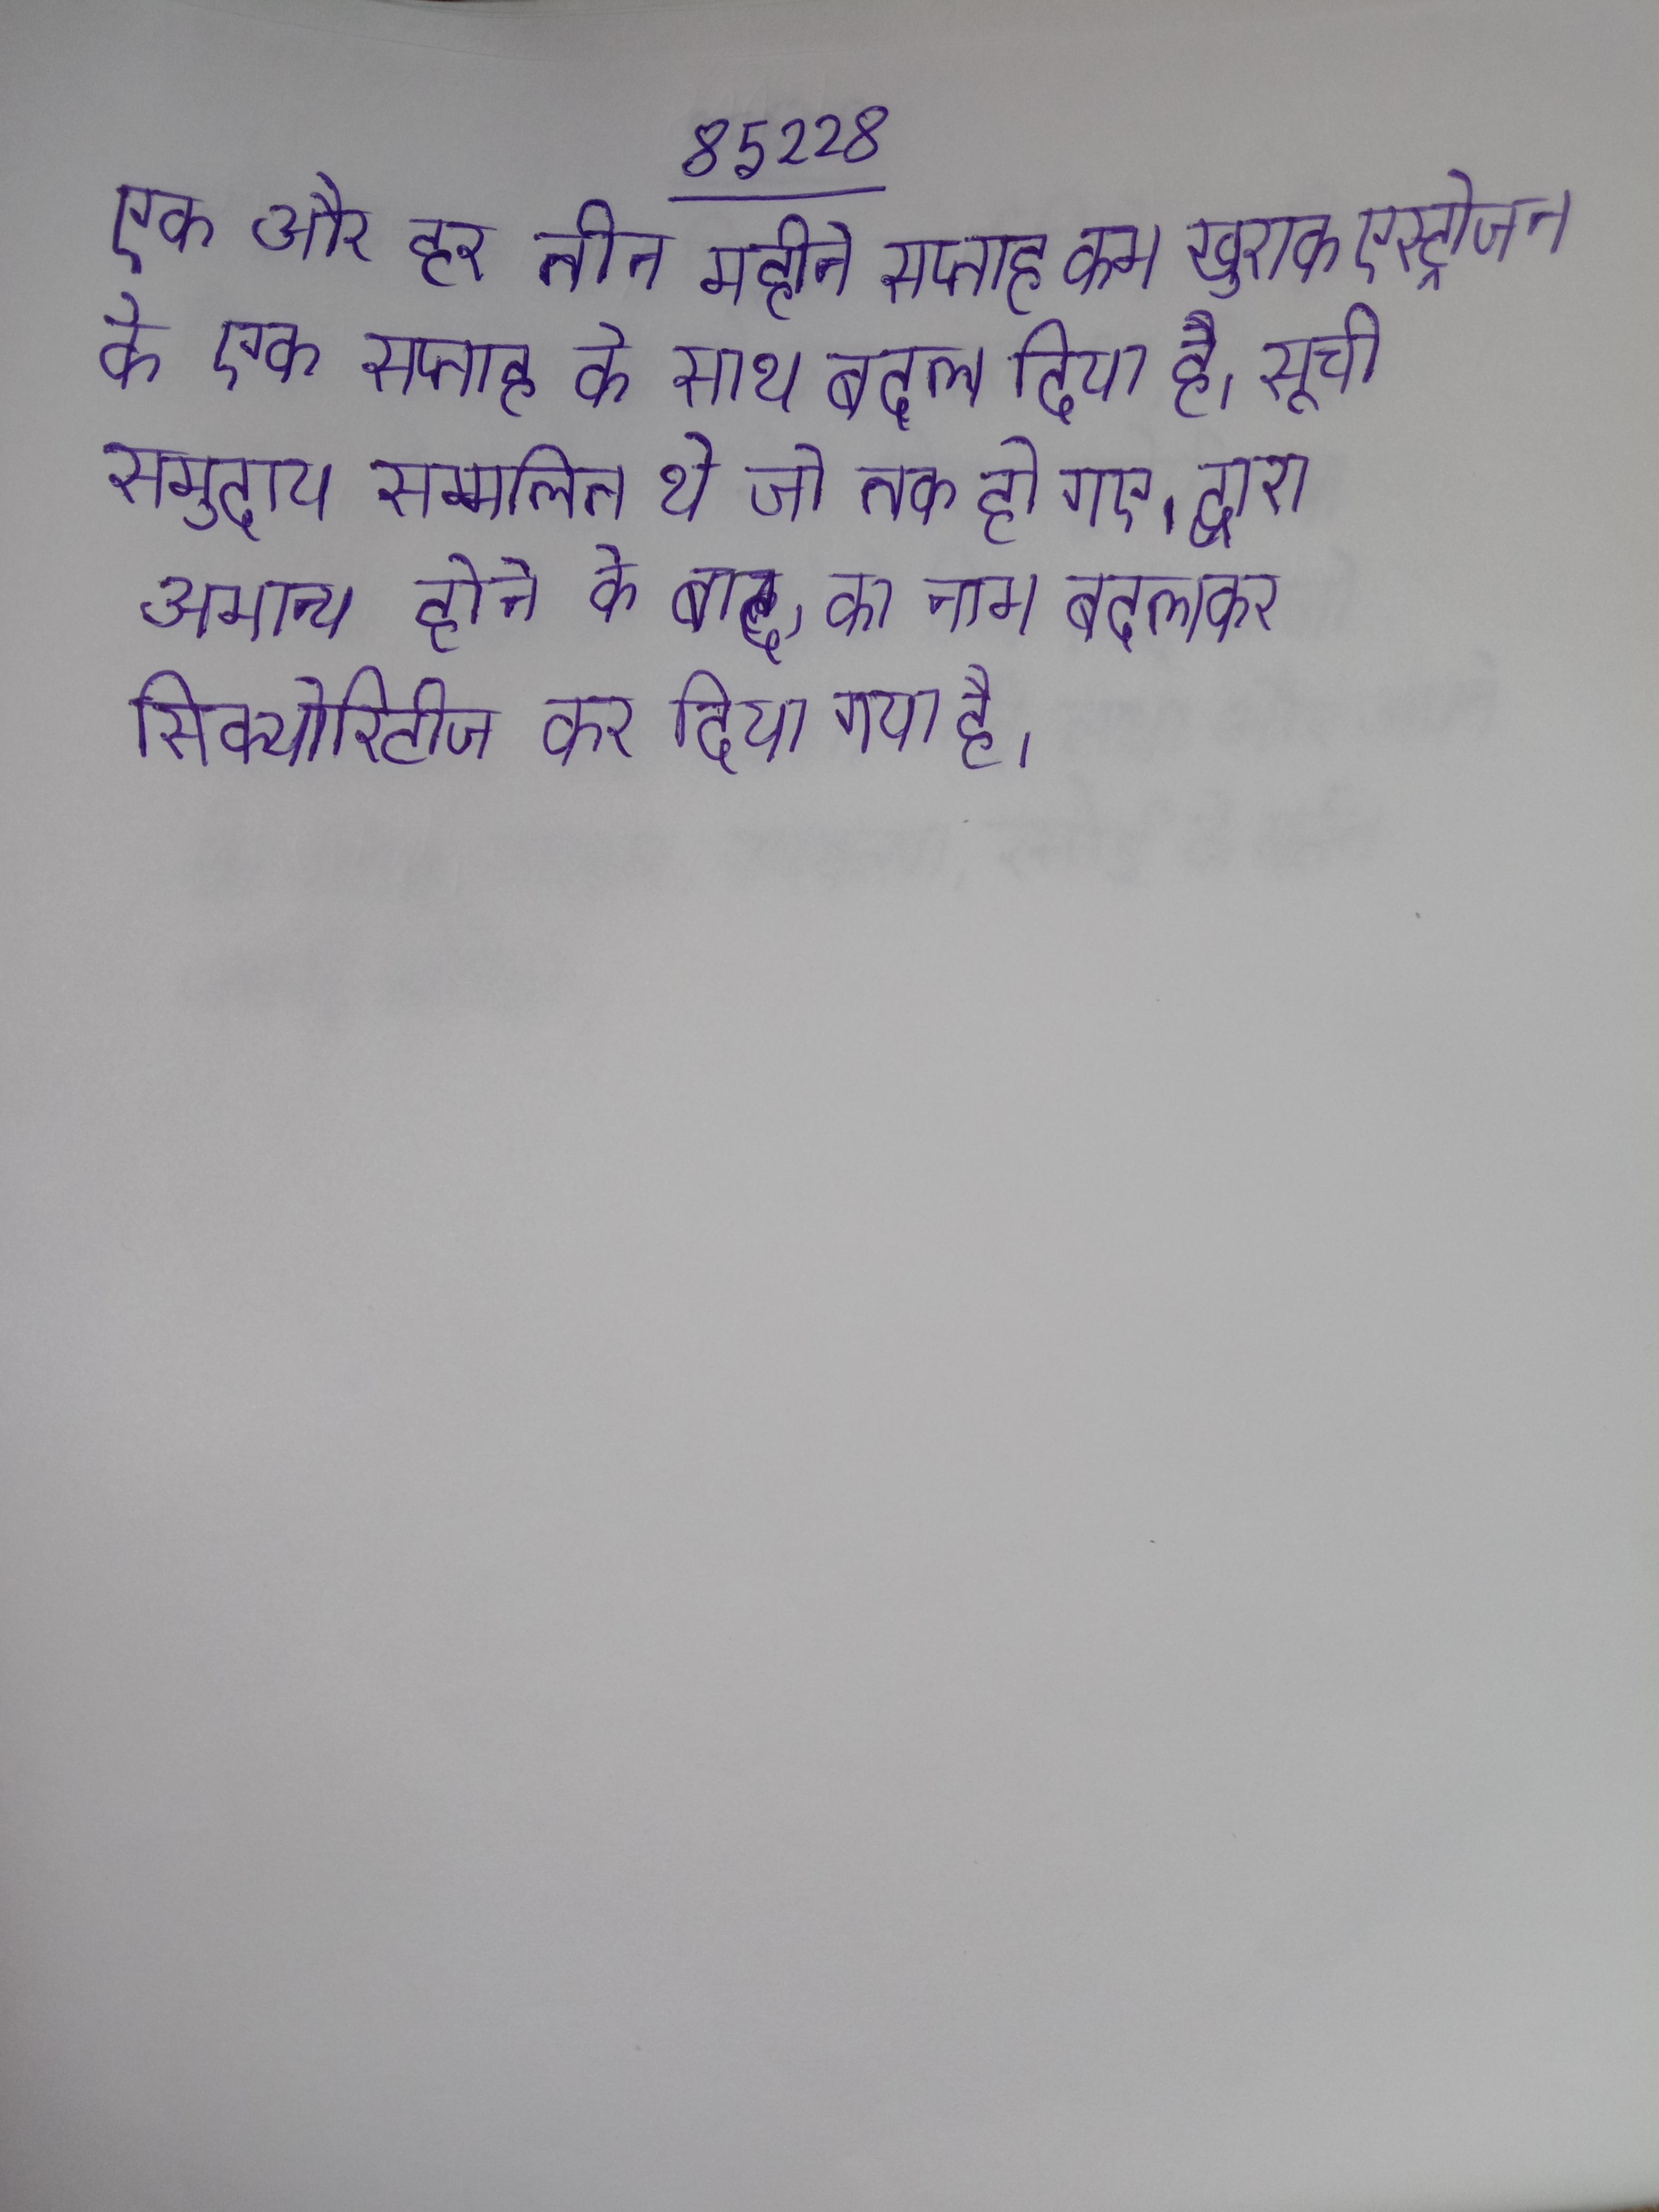
एक और हर तीन महीने सप्ताह कम खुराक एस्ट्रोजन के एक सप्ताह के साथ बदल दिया है । सूची समुदाय सम्मलित थे जो तक हो गए । द्वारा अमान्य होने के बाद, का नाम बदलकर सिक्योरिटीज कर दिया गया है ।